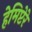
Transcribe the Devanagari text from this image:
हेमिप्टेरे